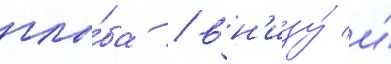
глы́ба / вн'изу́ и́